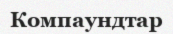
Компаундтар